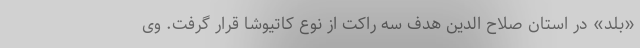
«بلد» در استان صلاح الدین هدف سه راکت از نوع کاتیوشا قرار گرفت. وی